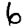
Digit: 6